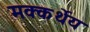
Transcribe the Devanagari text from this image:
मक्कर्थेय